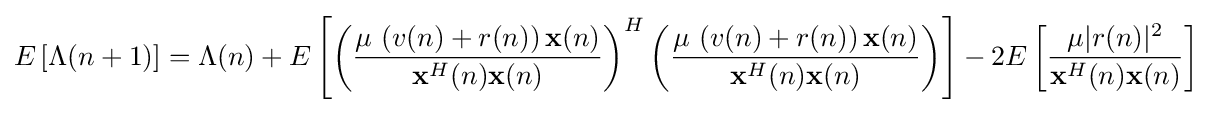
E\left[\Lambda (n+1)\right]=\Lambda (n)+E\left[\left({\frac {\mu \,\left(v(n)+r(n)\right)\mathbf {x} (n)}{\mathbf {x} ^{H}(n)\mathbf {x} (n)}}\right)^{H}\left({\frac {\mu \,\left(v(n)+r(n)\right)\mathbf {x} (n)}{\mathbf {x} ^{H}(n)\mathbf {x} (n)}}\right)\right]-2E\left[{\frac {\mu |r(n)|^{2}}{\mathbf {x} ^{H}(n)\mathbf {x} (n)}}\right]